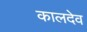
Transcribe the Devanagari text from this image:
कालदेव